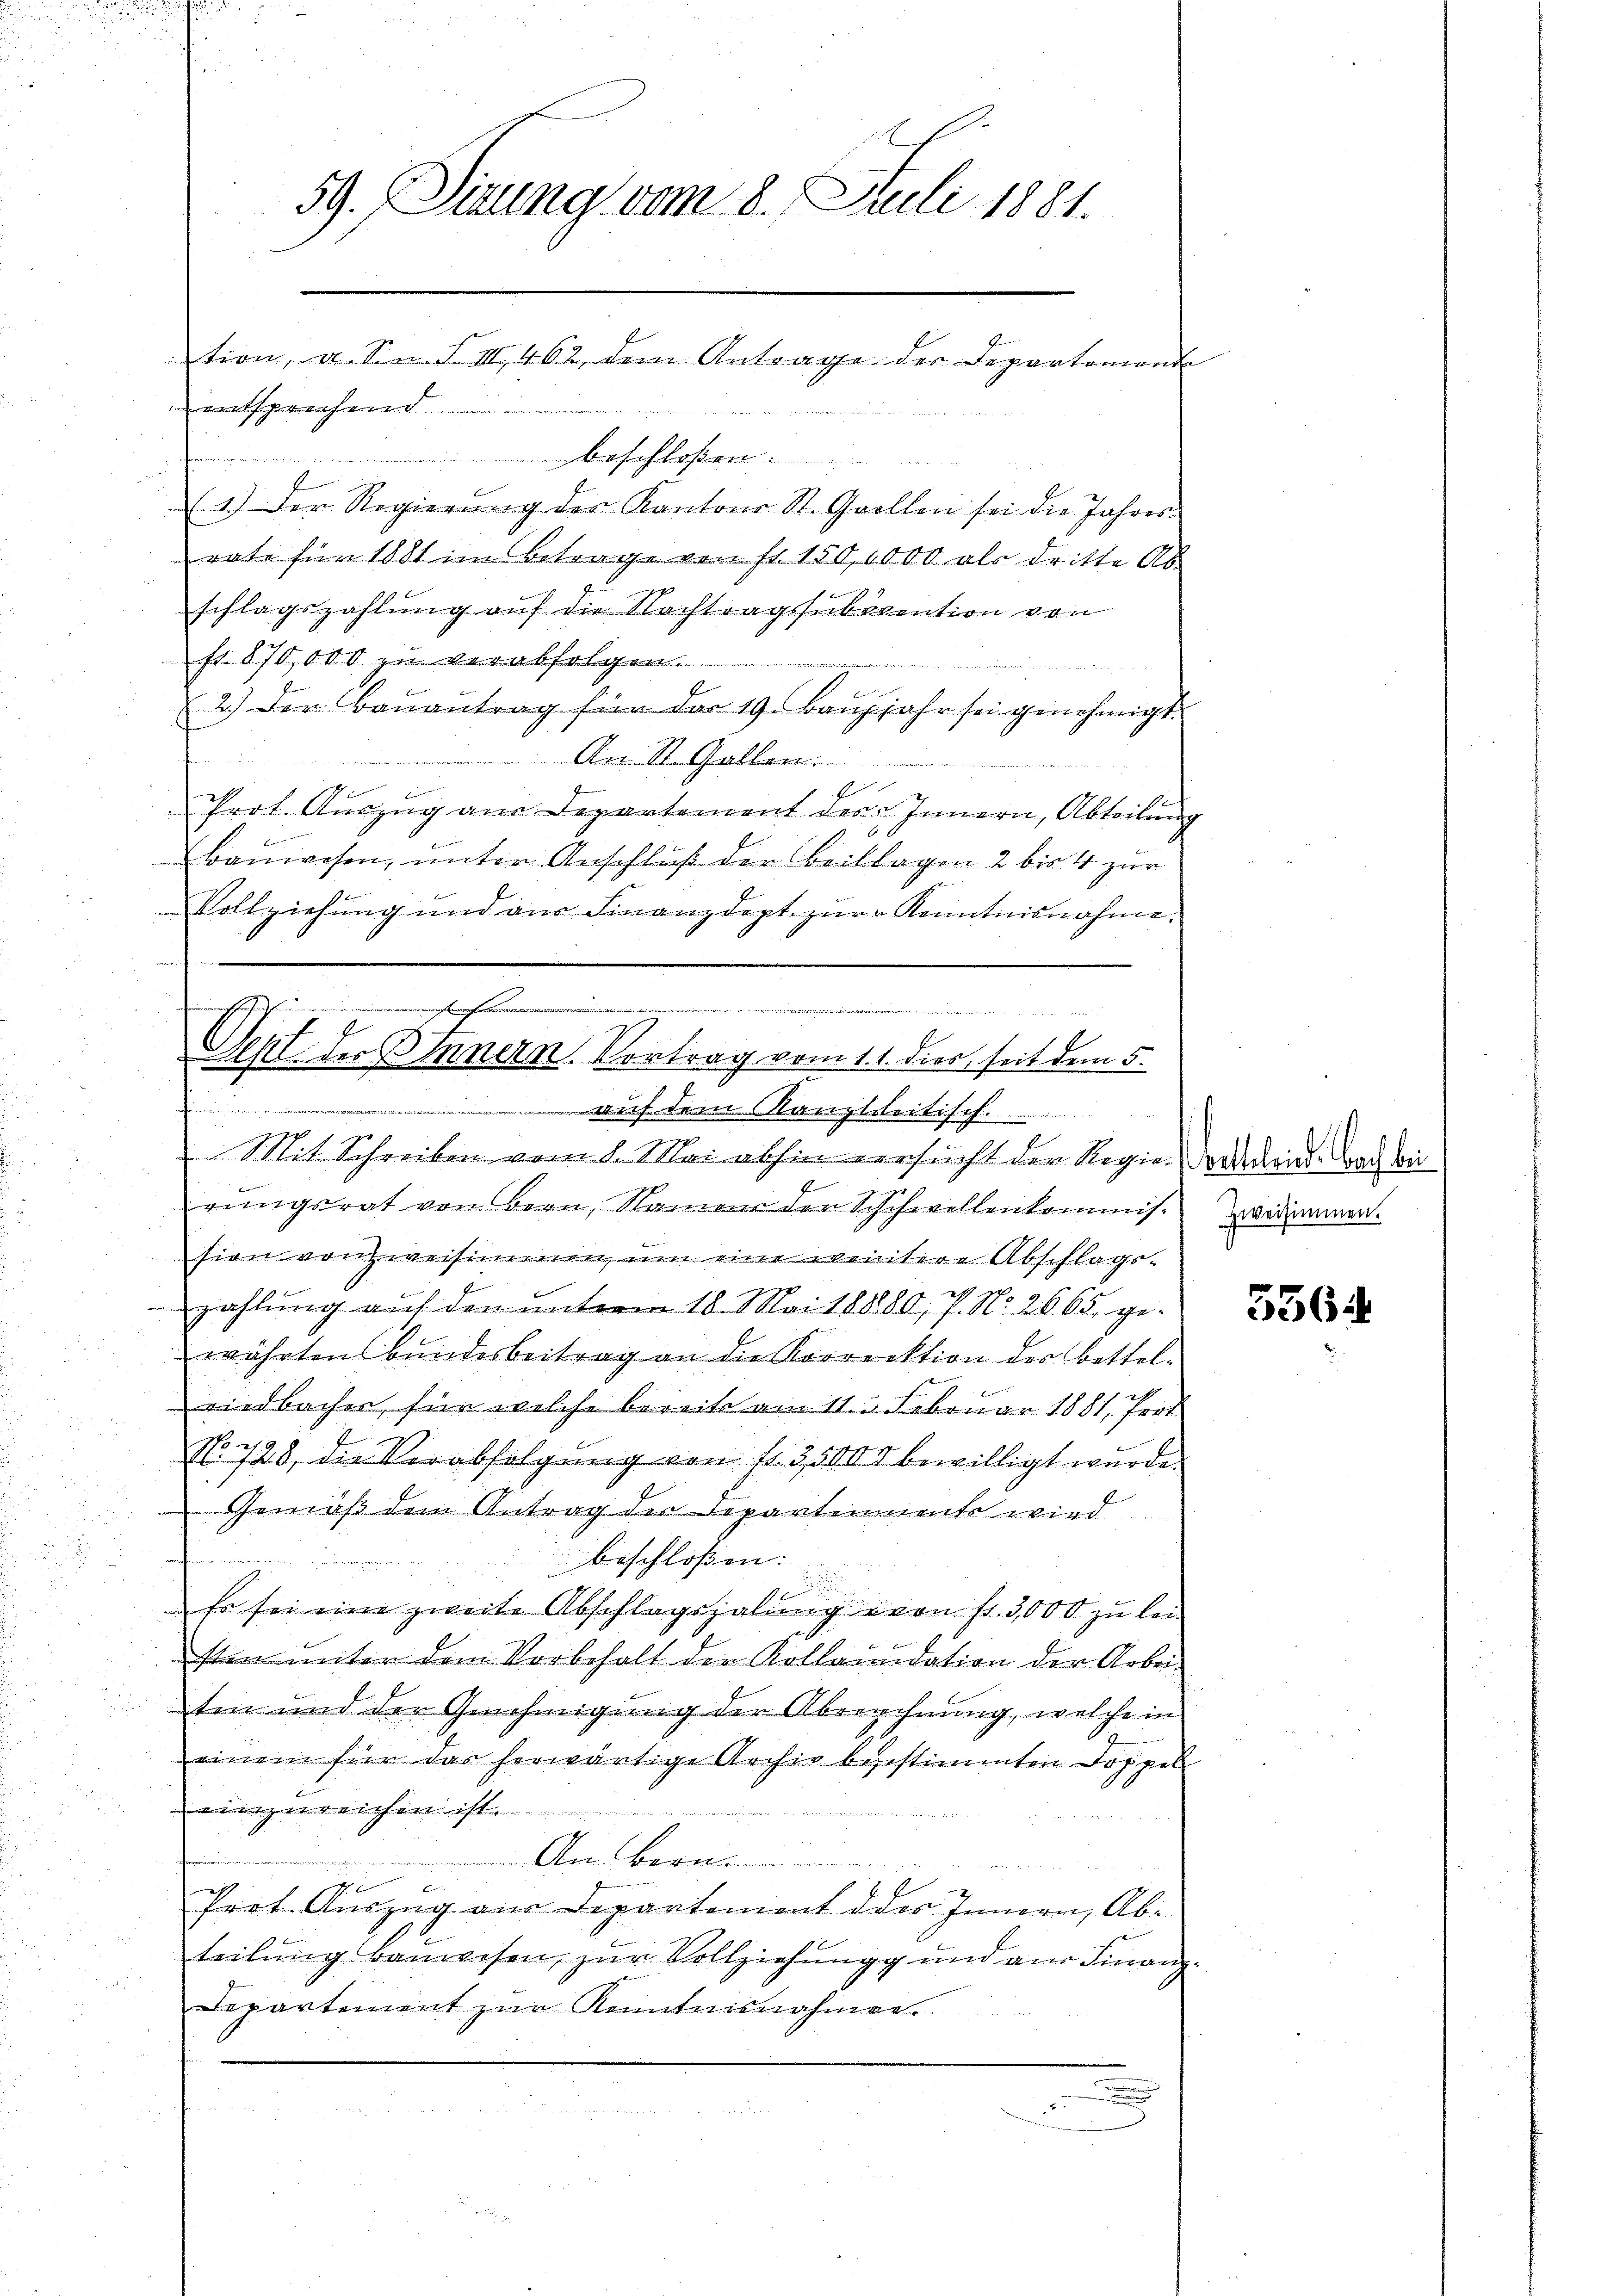
n
(1.) Der Regierŭng der Kantons St. Grollen sei die Jahres
rate für 1881 im Betrage von so. 150,0000 als dritte Ab-
schlagszahlung auf die Nachtragssubvention von
ft. 870,000 zu verabfolgen.

f
2.) Der Baŭantrag für das 19. Baŭjjahr sei genehmigt.
An St. Gallen.
Prot. Aŭszŭg ans Departement der Innern, Abteilŭng
bauwesen, unter Anschlŭβ der Beilagen 2 bis 4 zur
Vollziehung und aus Finanzdept. zŭr Kenntnisnahme.

59. Sizung vom 8. Juli 1881.
tion, a. Sn. S. III 462, dem Antrage der Departement
entsprechend

......................................
2ter die

Sept. des Innern. Vortrag vom 1. 1. dies, seit dem 5.
m
auf dem Kanzleitisch.

Mit Schreiben vom 1. Mai abhin versucht der Regien drin. Doch bei
d
rŭngsrat von Bern, Namen den Schuhwellenkommis. Zwidimmen.
sion von zweisimmen, um eine weitere Abschlags-
zahlŭng aŭf den ŭnterm 18. Mai 188880, P. Nr. 2665, ge-
währtens Bŭndesbeitrag an die Korrektion des Bettel-
riedbacher, für welche bereits am 11. 3. Februar 1881, Prot
219
No. 148, die Verabfolgung von fl. 3,5000 bewilligt wurde.
Gemäß dem Antrag der Departinmente wird
beschloßen:

Es sei eine zweite Abschlagszahlung von fl. 3,000 zu lei
sten unter dem Vorbehalt die Kollaudation der Arbeiten und der Genehmigung der Abrechnung, welche in
einem für das herwärtige Archiv besestimmten Doppel
 gelten ich ist

An Bern
Prot. Auszug aus Departement des Innern, Ab-
teilung bauwesen, zur Vollziehungg und aus Finanz¬
Departement zŭr Kenntnisnahmen.

556